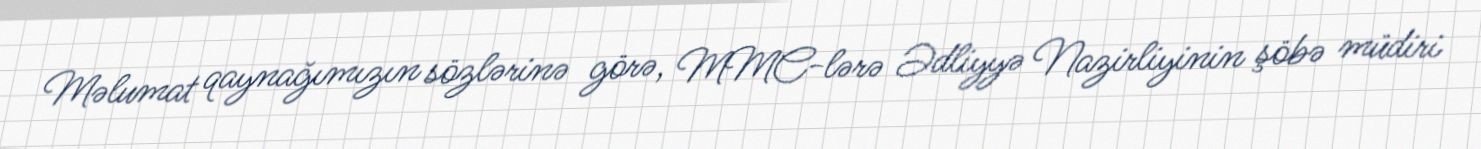
Məlumat qaynağımızın sözlərinə görə, MMC-lərə Ədliyyə Nazirliyinin şöbə müdiri